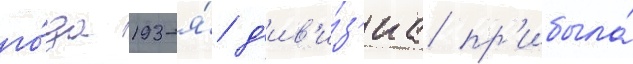
го́да 193-я́ д'ив'и́з'иа пр'ибыла́